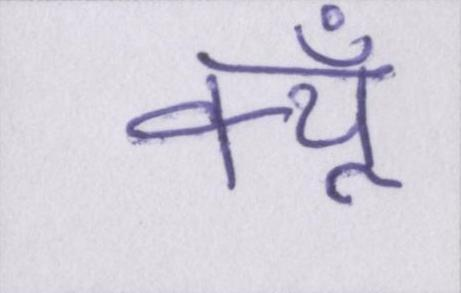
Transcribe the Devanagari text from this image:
क्यूँ